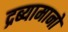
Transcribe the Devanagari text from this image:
द्रब्यामानों